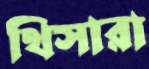
থিসারা